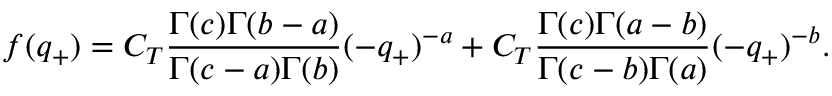
f ( q _ { + } ) = C _ { T } \frac { \Gamma ( c ) \Gamma ( b - a ) } { \Gamma ( c - a ) \Gamma ( b ) } ( - q _ { + } ) ^ { - a } + C _ { T } \frac { \Gamma ( c ) \Gamma ( a - b ) } { \Gamma ( c - b ) \Gamma ( a ) } ( - q _ { + } ) ^ { - b } .